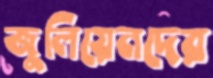
জুলিয়েনদের